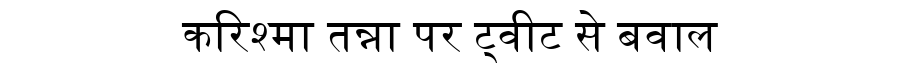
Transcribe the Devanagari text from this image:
करिश्मा तन्ना पर ट्वीट से बवाल